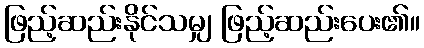
ဖြည့်ဆည်းနိုင်သမျှ ဖြည့်ဆည်းပေး၏။